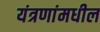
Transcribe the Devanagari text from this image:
यंत्रणांमधील